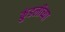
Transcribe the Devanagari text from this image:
कुंडलीच्या